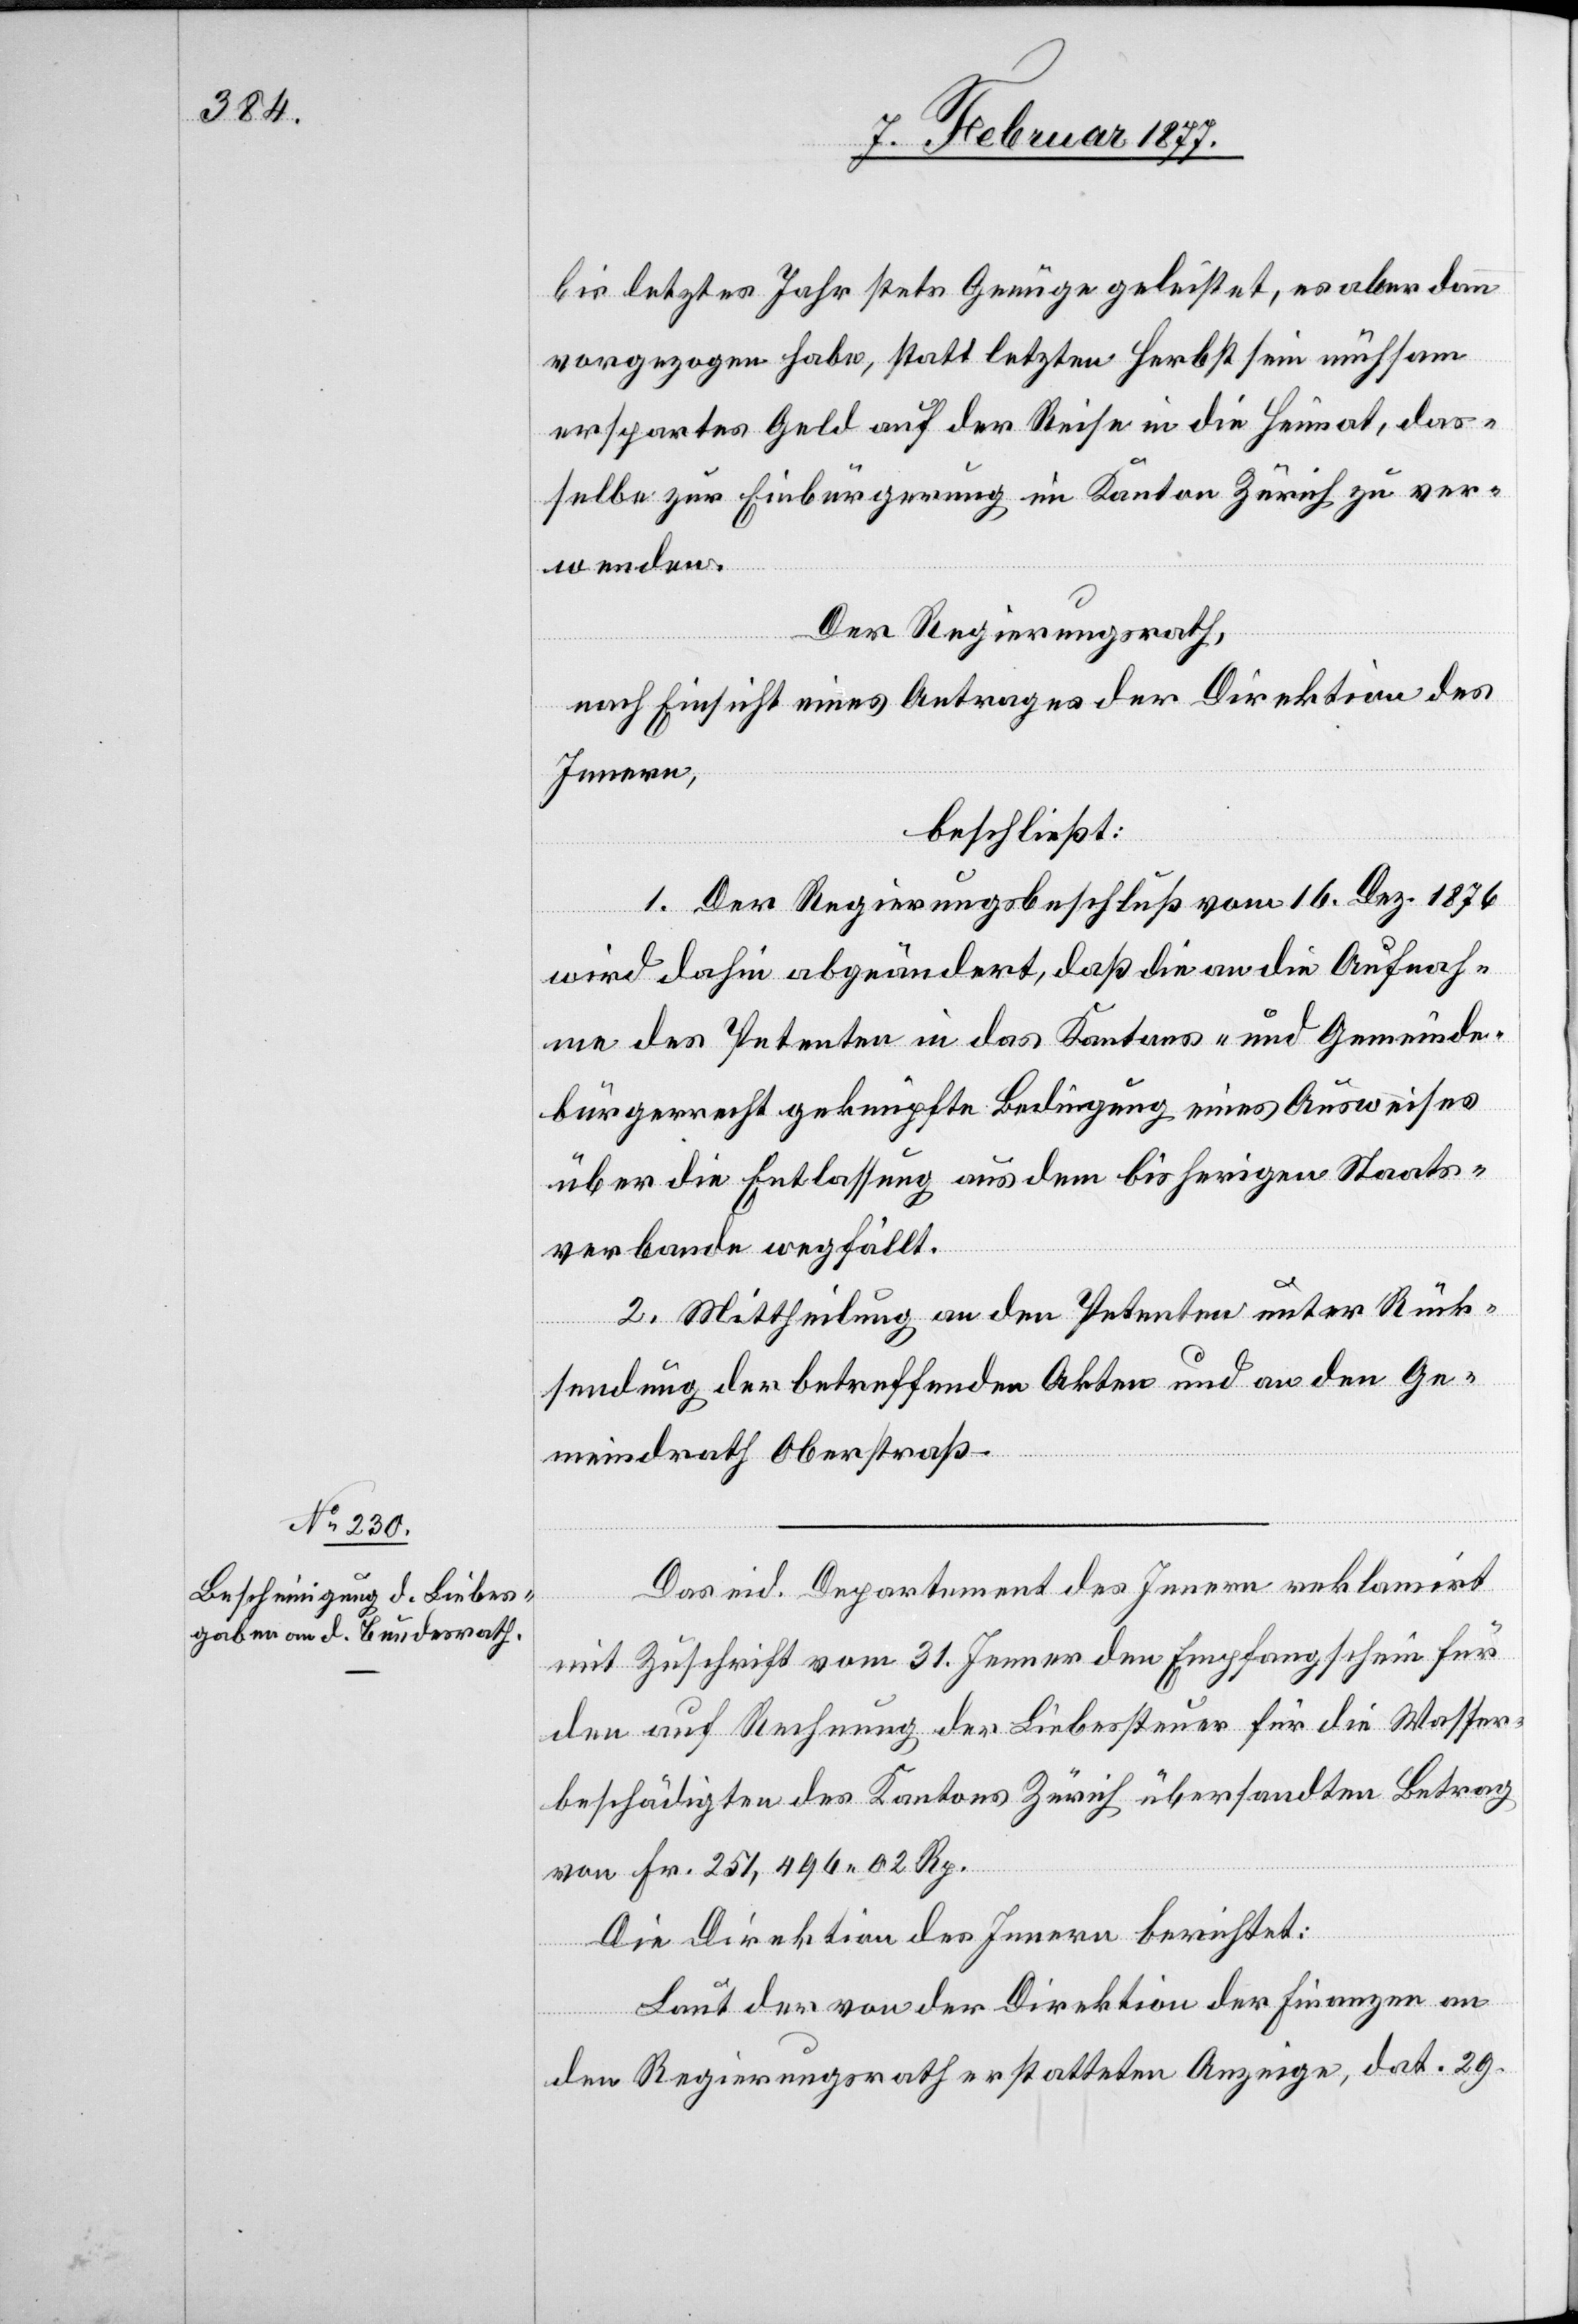
bis letztes Jahr stets Genüge geleistet, es aber dann
vorgezogen habe, statt letzten Herbst sein mühsam
erspartes Geld auf der Reise in die Heimat, das¬
selbe zur Einbürgerung im Kanton Zürich zu ver¬
wenden.
Der Regierungsrath,
nach Einsicht eines Antrages der Direktion des
Innern,
beschließt:
1. Der Regierungsbeschluß vom 16. Dez. 1876
wird dahin abgeändert, daß die an die Aufnah¬
me des Petenten in das Kantons- und Gemeinde¬
bürgerrecht geknüpfte Bedingung eines Ausweises
über die Entlassung aus dem bisherigen Staats¬
verbande wegfällt.
2. Mittheilung an den Petenten unter Rück¬
sendung der betreffenden Akten und an den Ge¬
meindrath Oberstraß.
Das eid. Departement des Innern reklamirt
mit Zuschrift vom 31. Jenner den Empfangschein für
den auf Rechnung der Liebessteuer für die Wasser¬
beschädigten des Kantons Zürich übersandten Betrag
von Fr. 251,496 02 Rp.
Die Direktion des Innern berichtet:
Laut der von der Direktion der Finanzen an
den Regierungsrath erstatteten Anzeige, dat. 29.